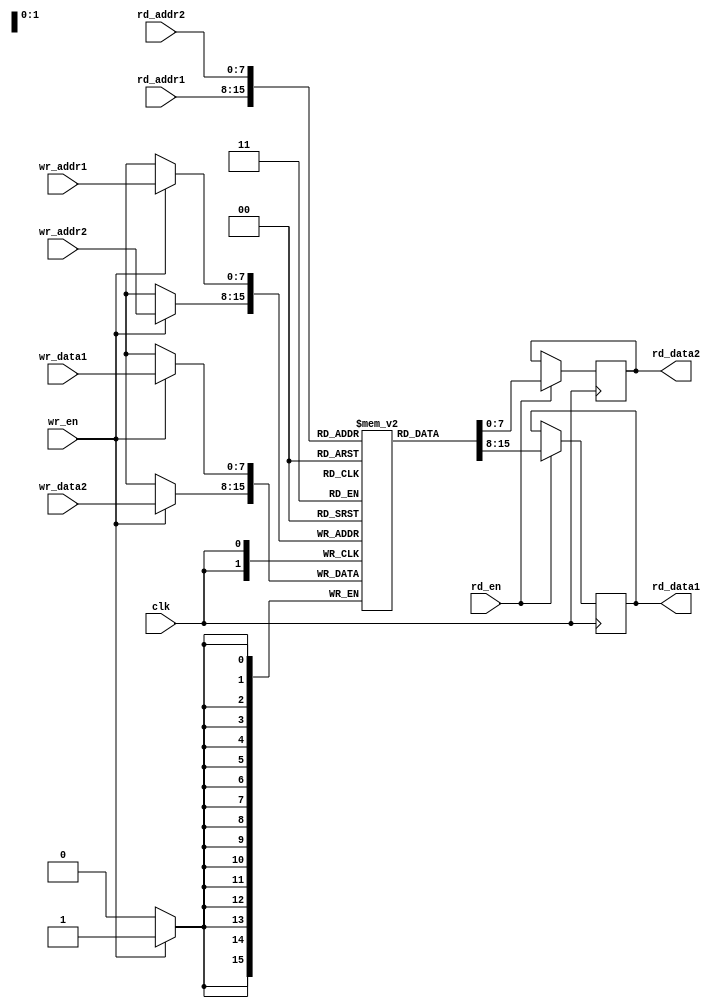
module dual_port_ram (
    input wire clk,
    input wire rd_en,
    input wire wr_en,
    input wire [7:0] rd_addr1,
    input wire [7:0] wr_addr1,
    input wire [7:0] wr_data1,
    input wire [7:0] rd_addr2,
    input wire [7:0] wr_addr2,
    input wire [7:0] wr_data2,
    output reg [7:0] rd_data1,
    output reg [7:0] rd_data2
);

reg [7:0] mem [0:255];

always @(posedge clk) begin
    if (rd_en) begin
        rd_data1 <= mem[rd_addr1];
        rd_data2 <= mem[rd_addr2];
    end
    
    if (wr_en) begin
        mem[wr_addr1] <= wr_data1;
        mem[wr_addr2] <= wr_data2;
    end
end

endmodule